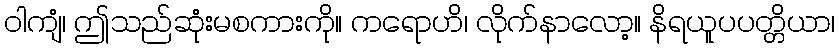
ဝါကျံ၊ ဤသည်ဆုံးမစကားကို။ ကရောဟိ၊ လိုက်နာလော့။ နိရယူပပတ္တိယာ၊